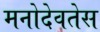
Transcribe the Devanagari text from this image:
मनोदेवतेस